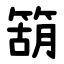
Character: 箶